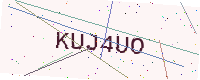
Text: KUJ4UO